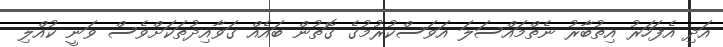
އަދި އެފަހަރު އިތުބާރު ނެތްމައްސަލަ އަވަސްކުރުމުގެ ގޮތުން ބައެއް ގަވާއިދުތަކަށްވެސް ވަނީ ކުއްލި